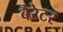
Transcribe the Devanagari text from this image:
बैरेटर